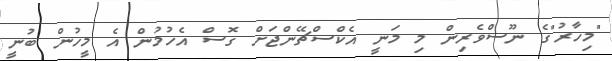
"މިހާރު"ގެ ނޫސްވެރިން މި މަނީ އެކްސްޗޭންޖަށް ގޮސް އެހުމުން އެ މީހުން ބުނީ